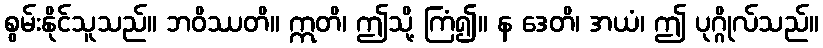
စွမ်းနိုင်သူသည်။ ဘဝိဿတိ။ ဣတိ၊ ဤသို့ ကြံ၍။ န ဒေတိ၊ အယံ၊ ဤ ပုဂ္ဂိုလ်သည်။